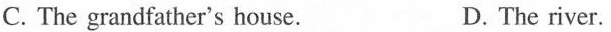
C. The grandfather's house. D. The river.